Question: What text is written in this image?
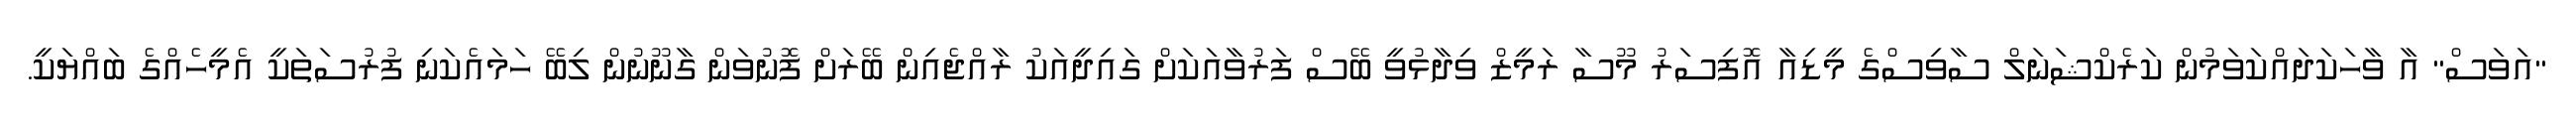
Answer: "އަވަސް" އާ ވާހަކަދައްކަވަމުން ކަރެކްޝަނަލް ސާވިސްގެ މީޑިއާ އޮފިސަރު މޫސާ ރަމީޒް ވިދާޅުވީ ބޭސް ފަރުވާއަކަށް ގައިދީއަކު ރާއްޖެއިން ބޭރަށް ފޮނުވަން ގާނޫނުން ލިބޭ ހަމައެކަނި ފުރުސަތަކީ އެމީހެއްގެ ބައްޔަކީ.